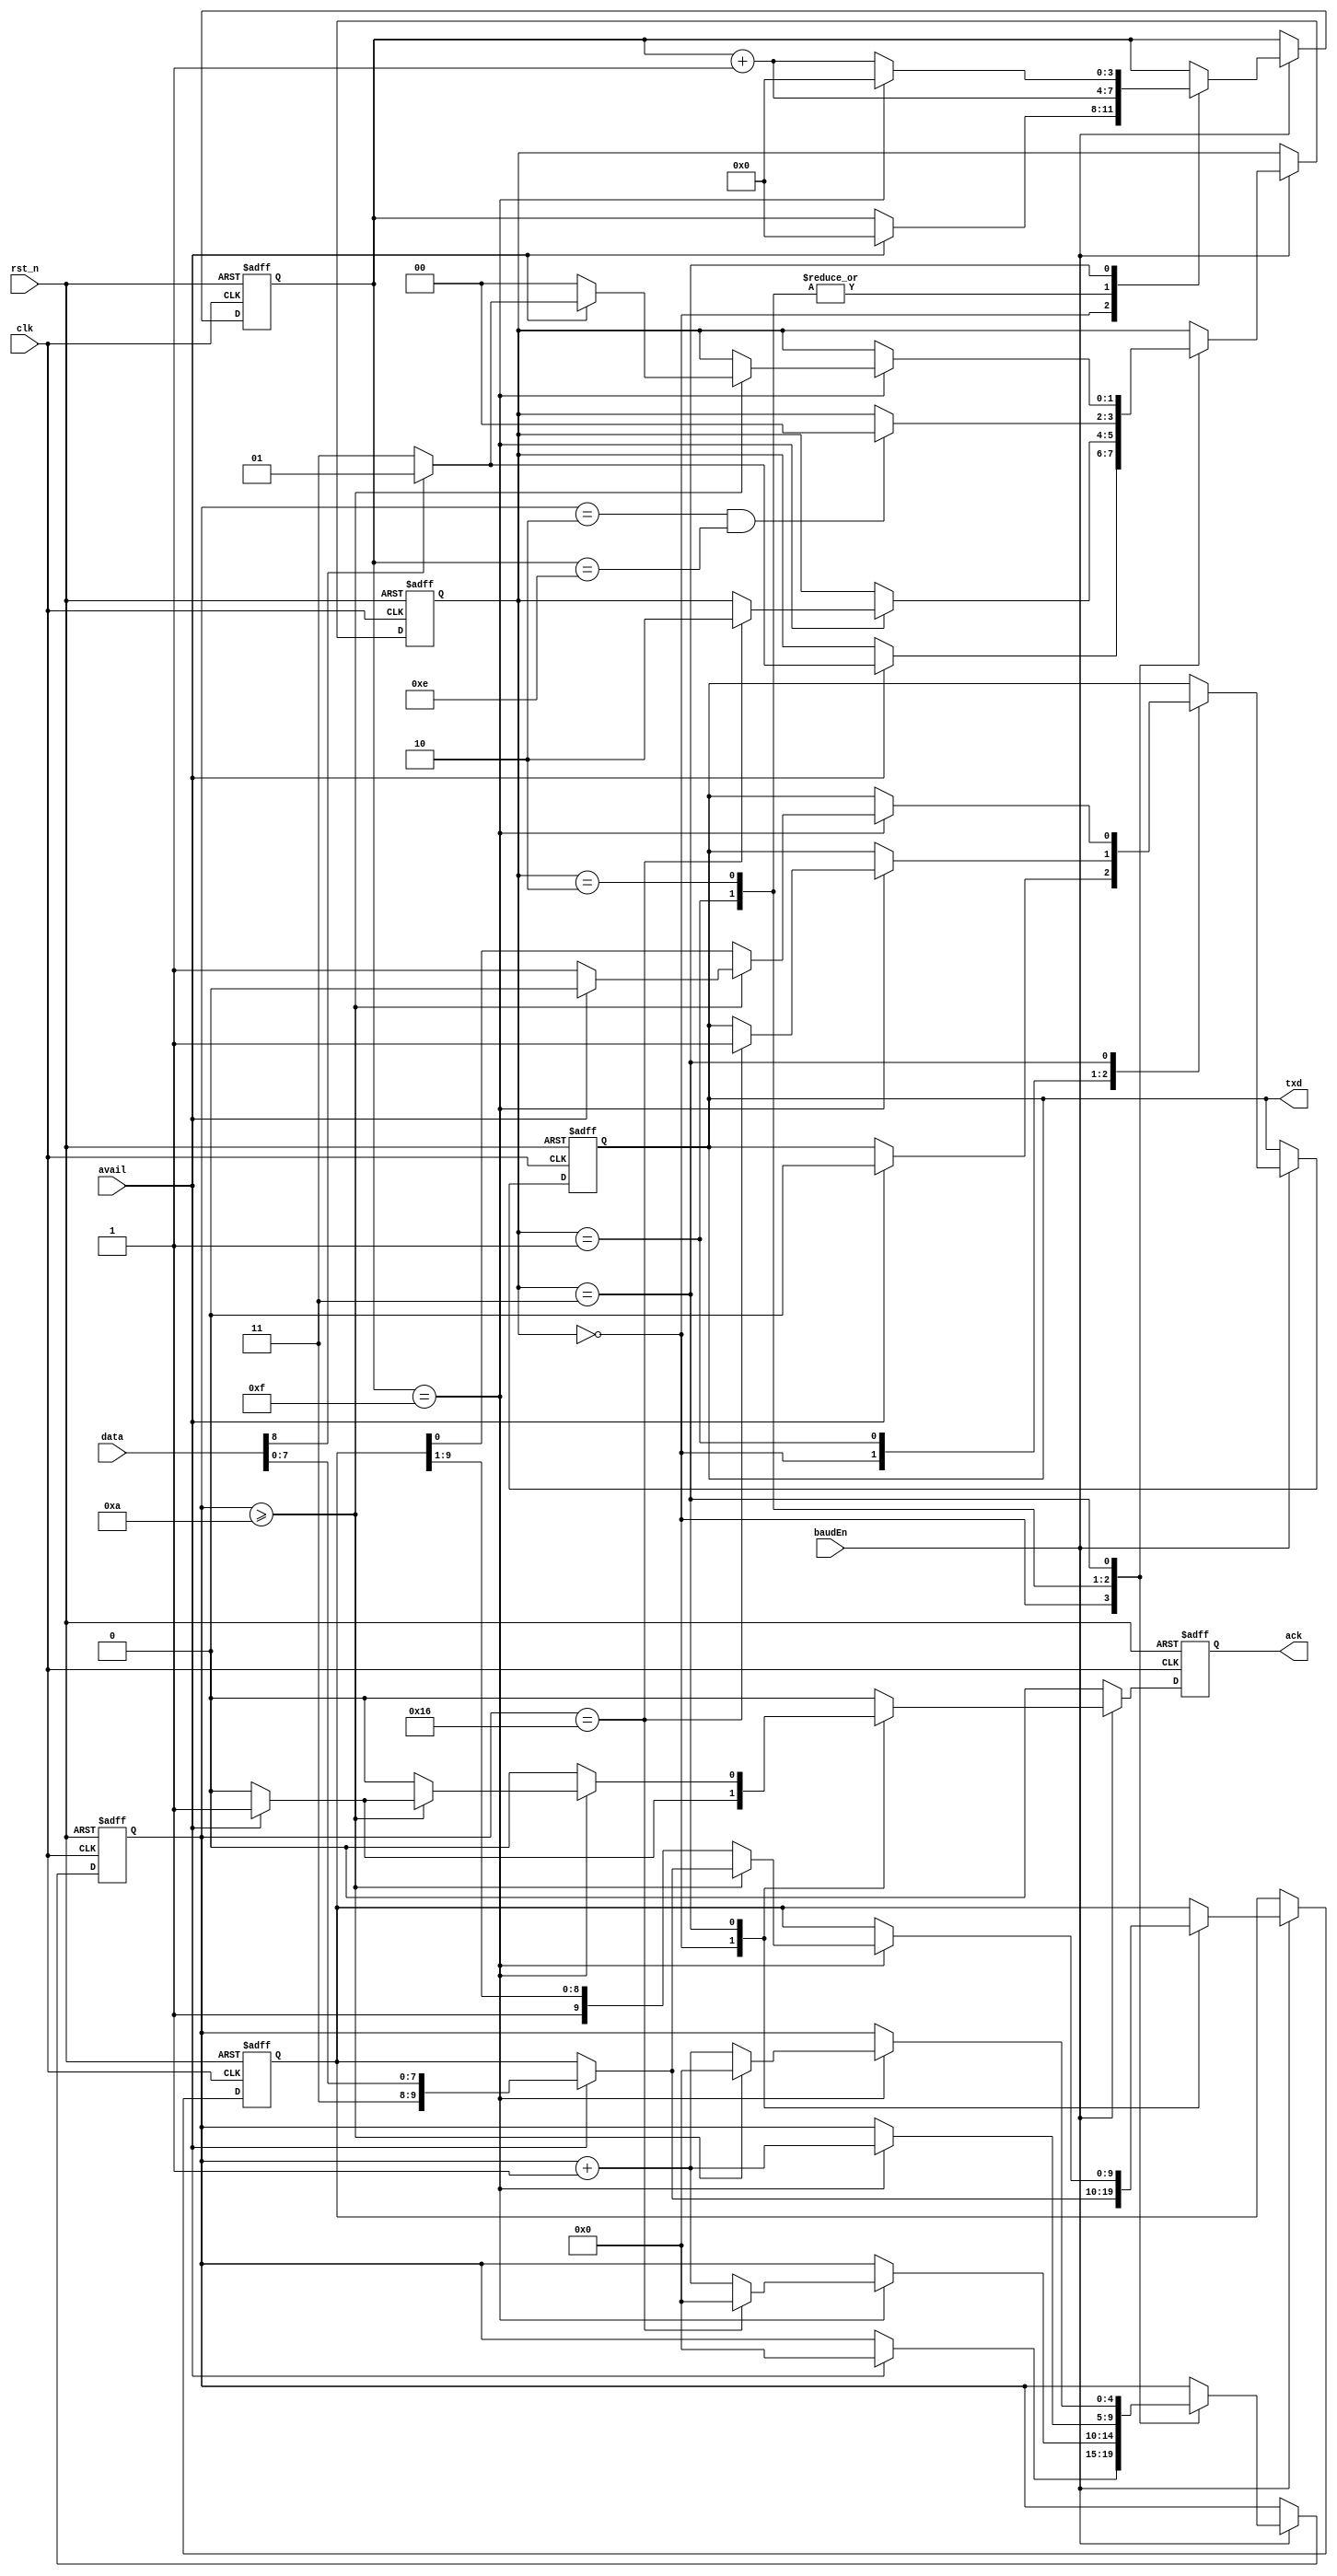
//=============================================================================================
// DMX-512 Transmitter
// Copyright 2014 by Glen Akins.
// All rights reserved.
// 
// Set editor width to 96 and tab stop to 4.
//
// This program is free software: you can redistribute it and/or modify
// it under the terms of the GNU General Public License as published by
// the Free Software Foundation, either version 3 of the License, or
// (at your option) any later version.
//
// This program is distributed in the hope that it will be useful,
// but WITHOUT ANY WARRANTY; without even the implied warranty of
// MERCHANTABILITY or FITNESS FOR A PARTICULAR PURPOSE.  See the
// GNU General Public License for more details.
//
// You should have received a copy of the GNU General Public License
// along with this program.  If not, see <http://www.gnu.org/licenses/>.
//=============================================================================================

module dmx_tx
(
	input	wire			rst_n,				// async, active-low system reset
	input	wire			clk,				// system clock
	input	wire			baudEn,				// enable at 16x baud rate
	input	wire			avail,				// new data byte to transmit available
	input	wire	[8:0]	data,				// dmx start code / data byte to transmit
	output	reg				ack,				// data byte moved to transmit hold register
	output	reg				txd					// transmit data out
);

localparam TXIDLE = 0, TXBRK = 1, TXMAB = 2, TXDAT = 3;

reg [1:0] txbusy;								// transmitting
reg [4:0] bitnum;								// current tx bit number
reg [3:0] ph;									// bit phase
reg	[9:0] txdata;								// tranmsit hold register

always @ (posedge clk or negedge rst_n)
begin
	if (!rst_n)
	begin
		ack <= 0;
		txd <= 1;
		txbusy <= 0;
		bitnum <= 0;
		ph <= 0;
		txdata <= 0;
	end
	else
	begin
		ack <= 0;

		if (baudEn)
		begin
			case (txbusy)

				TXIDLE: begin
					if (avail)
					begin
						ack <= 1;
						txd <= 0;
						bitnum <= 0;
						ph <= 0;
						txdata <= { 2'b11, data[7:0] };
						if (data[8])
						begin
							txbusy <= TXBRK;
						end
						else
						begin
							txbusy <= TXDAT;
						end
					end
				end

				TXBRK: begin
					ph <= ph + 1;
					if (ph == 15) 
					begin
						bitnum <= bitnum + 1;
						if (bitnum == 22)
						begin
							txd <= 1;
							bitnum <= 0;
							txbusy <= TXMAB;
						end
					end
				end
	
				TXMAB: begin
					ph <= ph + 1;
					if (ph == 15) 
					begin
						bitnum <= bitnum + 1;
					end
					if ((bitnum == 2) && (ph == 14))
					begin
						txbusy <= TXIDLE;
					end
				end

				TXDAT: begin
					ph <= ph + 1;
					if (ph == 15) 
					begin
						if (bitnum >= 10)
						begin
							if (avail)
							begin
								ack <= 1;
								txd <= 0;
								bitnum <= 0;
								ph <= 0;
								txdata <= { 2'b11, data[7:0] };
								if (data[8])
								begin
									txbusy <= TXBRK;
								end
								else
								begin
									txbusy <= TXDAT;
								end
							end
							else
							begin
								txd <= 1;
								bitnum <= 0;
								ph <= 0;
								txbusy <= TXIDLE;
							end
						end
						else
						begin
							txd <= txdata[0];
							txdata <= { 1'b1, txdata[9:1] };
							bitnum <= bitnum + 1;
							ph <= 0;
						end
					end
				end
		
			endcase
		end
	end
end

endmodule